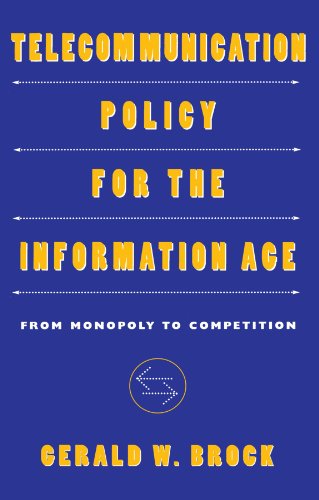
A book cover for Telecommunication Policy for the Information Age: From Monopoly to Competition; Gerald W. Brock; Law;